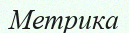
Метрика